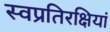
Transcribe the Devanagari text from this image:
स्वप्रतिरक्षियां